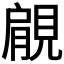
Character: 𧡌